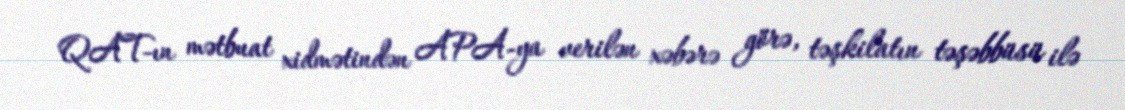
QAT-ın mətbuat xidmətindən APA-ya verilən xəbərə görə, təşkilatın təşəbbüsü ilə